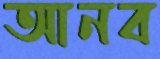
আনব